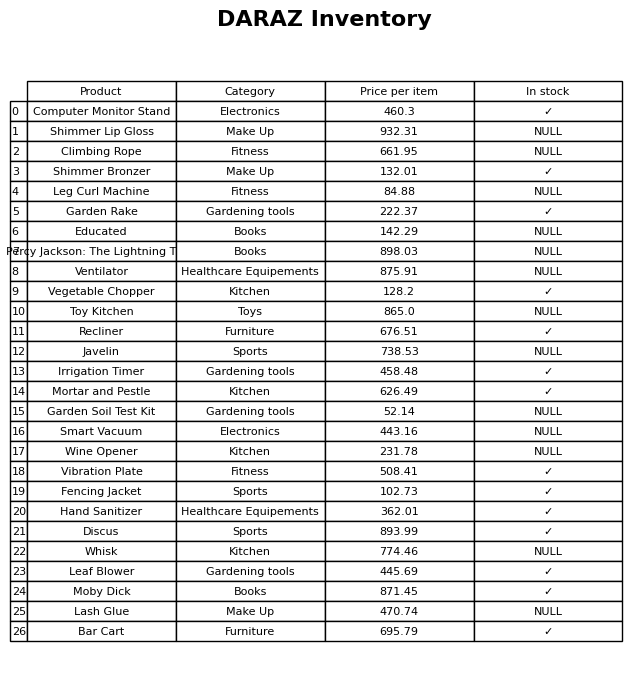
question: Is the Vegetable Chopper in stock?
answer: ✓